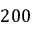
2 0 0